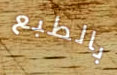
بالطبع